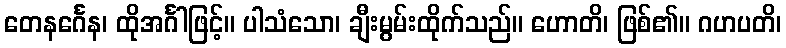
တေနင်္ဂေန၊ ထိုအင်္ဂါဖြင့်။ ပါသံသော၊ ချီးမွမ်းထိုက်သည်။ ဟောတိ၊ ဖြစ်၏။ ဂဟပတိ၊